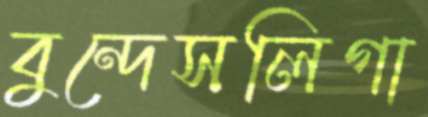
বুন্দেসলিগা